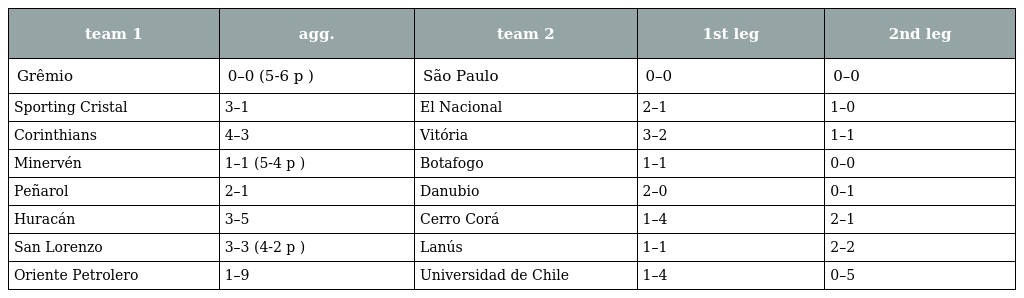
| team 1 | agg. | team 2 | 1st leg | 2nd leg |
 | --- | --- | --- | --- | --- |
 | Grêmio | 0–0 (5-6 p ) | São Paulo | 0–0 | 0–0 |
 | Sporting Cristal | 3–1 | El Nacional | 2–1 | 1–0 |
 | Corinthians | 4–3 | Vitória | 3–2 | 1–1 |
 | Minervén | 1–1 (5-4 p ) | Botafogo | 1–1 | 0–0 |
 | Peñarol | 2–1 | Danubio | 2–0 | 0–1 |
 | Huracán | 3–5 | Cerro Corá | 1–4 | 2–1 |
 | San Lorenzo | 3–3 (4-2 p ) | Lanús | 1–1 | 2–2 |
 | Oriente Petrolero | 1–9 | Universidad de Chile | 1–4 | 0–5 |